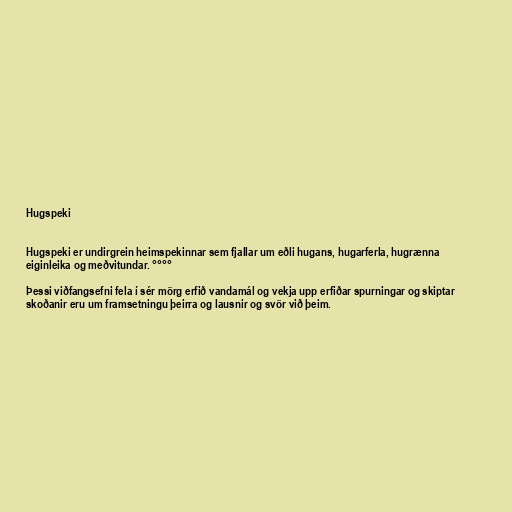
Hugspeki

Hugspeki er undirgrein heimspekinnar sem fjallar um eðli hugans, hugarferla, hugrænna
eiginleika og meðvitundar. °°°°

Þessi viðfangsefni fela í sér mörg erfið vandamál og vekja upp erfiðar spurningar og skiptar
skoðanir eru um framsetningu þeirra og lausnir og svör við þeim.